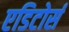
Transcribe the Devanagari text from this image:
एडिटोर्स